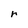
Character: r